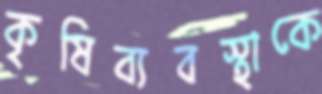
কৃষিব্যবস্থাকে